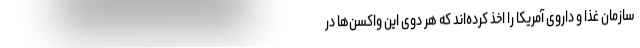
سازمان غذا و داروی آمریکا را اخذ کرده‌اند که هر دوی این واکسن‌ها در